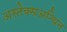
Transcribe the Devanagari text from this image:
अस्तेक्सअन्थिन